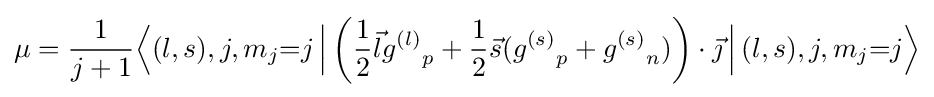
\mu ={\frac {1}{j+1}}{\Bigl \langle }(l,s),j,m_{j}{=}j\,{\Bigr |}\left({\frac {1}{2}}{\vec {l}}{g^{(l)}}_{p}+{\frac {1}{2}}{\vec {s}}({g^{(s)}}_{p}+{g^{(s)}}_{n})\right)\cdot {\vec {\jmath }}\,{\Bigl |}\,(l,s),j,m_{j}{=}j{\Bigr \rangle }